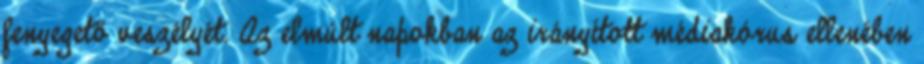
fenyegető veszélyét. Az elmúlt napokban az irányított médiakórus ellenében